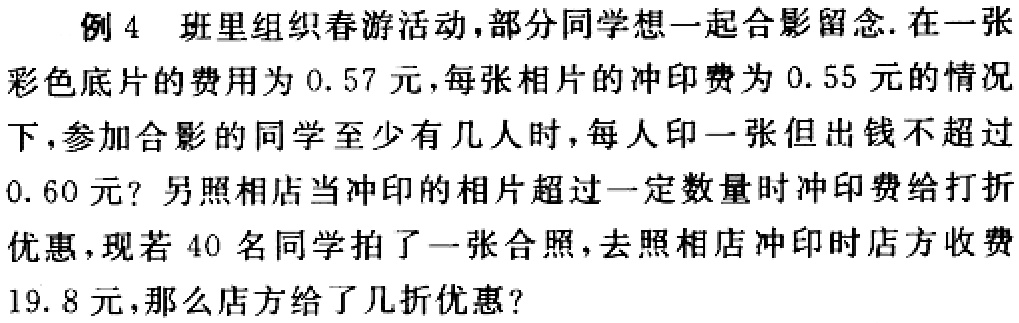
例 4 班里组织春游活动,部分同学想一起合影留念.在一张彩色底片的费用为 0.57 元,每张相片的冲印费为 0.55 元的情况下,参加合影的同学至少有几人时,每人印一张但出钱不超过0.60 元? 另照相馆当冲印的相片超过一定数量时冲印费给打折优惠,现若 40 名同学拍了一张合照，去照相馆冲印时店方收费19.8 元,那么店方给了几折优惠?